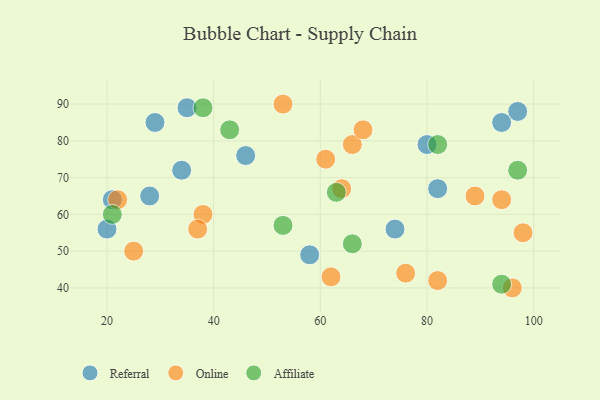
{"axis": {"x": "GDP", "y": "Life Expectancy"}, "legend": ["Affiliate", "Online", "Referral"], "data": [{"x": "82", "y": 67, "type": "Referral"}, {"x": "80", "y": 79, "type": "Referral"}, {"x": "35", "y": 89, "type": "Referral"}, {"x": "46", "y": 76, "type": "Referral"}, {"x": "34", "y": 72, "type": "Referral"}, {"x": "97", "y": 88, "type": "Referral"}, {"x": "20", "y": 56, "type": "Referral"}, {"x": "74", "y": 56, "type": "Referral"}, {"x": "21", "y": 64, "type": "Referral"}, {"x": "58", "y": 49, "type": "Referral"}, {"x": "94", "y": 85, "type": "Referral"}, {"x": "28", "y": 65, "type": "Referral"}, {"x": "29", "y": 85, "type": "Referral"}, {"x": "61", "y": 75, "type": "Online"}, {"x": "53", "y": 90, "type": "Online"}, {"x": "66", "y": 79, "type": "Online"}, {"x": "98", "y": 55, "type": "Online"}, {"x": "94", "y": 64, "type": "Online"}, {"x": "22", "y": 64, "type": "Online"}, {"x": "68", "y": 83, "type": "Online"}, {"x": "82", "y": 42, "type": "Online"}, {"x": "38", "y": 60, "type": "Online"}, {"x": "37", "y": 56, "type": "Online"}, {"x": "62", "y": 43, "type": "Online"}, {"x": "76", "y": 44, "type": "Online"}, {"x": "25", "y": 50, "type": "Online"}, {"x": "96", "y": 40, "type": "Online"}, {"x": "64", "y": 67, "type": "Online"}, {"x": "89", "y": 65, "type": "Online"}, {"x": "21", "y": 60, "type": "Affiliate"}, {"x": "94", "y": 41, "type": "Affiliate"}, {"x": "53", "y": 57, "type": "Affiliate"}, {"x": "43", "y": 83, "type": "Affiliate"}, {"x": "82", "y": 79, "type": "Affiliate"}, {"x": "66", "y": 52, "type": "Affiliate"}, {"x": "63", "y": 66, "type": "Affiliate"}, {"x": "38", "y": 89, "type": "Affiliate"}, {"x": "97", "y": 72, "type": "Affiliate"}]}